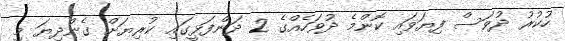
ހުކުރު ދުވަސް ފިޔަވައި ކޮންމެ ދުވަހެއްގެ 2 ދަންފަޅީގައި ކުރިޔަށް ގެންދިޔަ މި